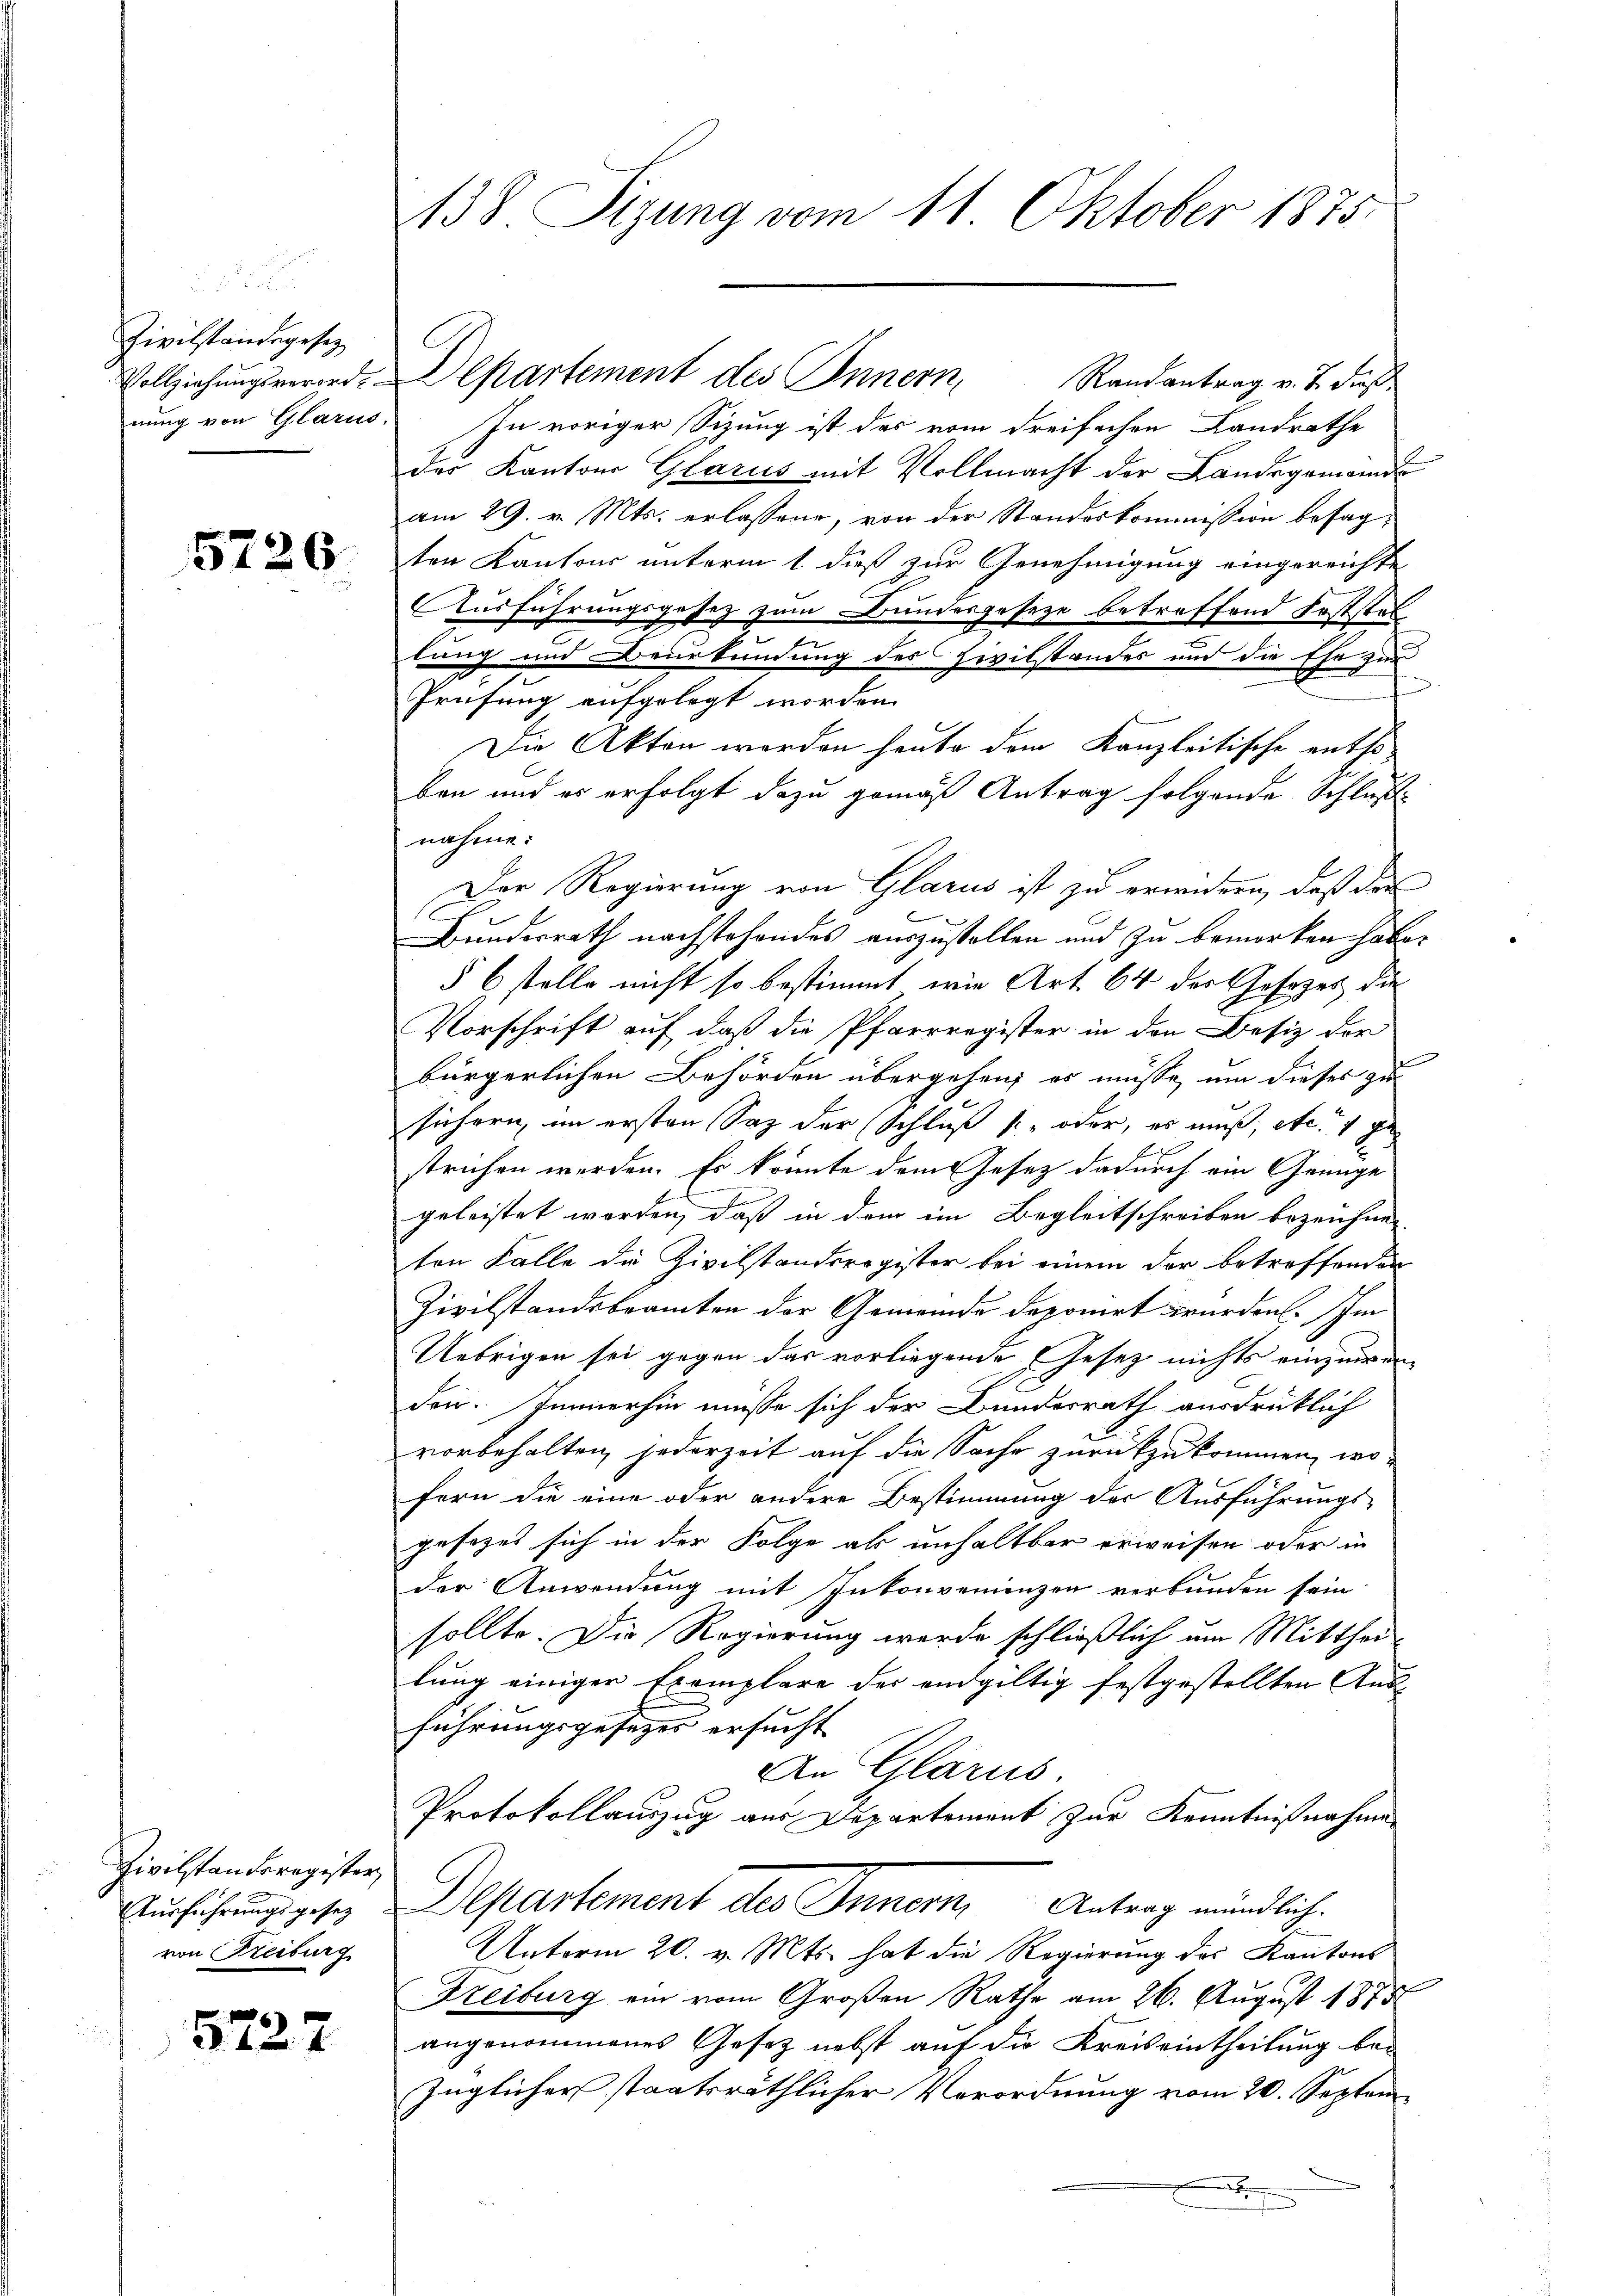
Zivilstandegesetz
Vollziehungsverorde
nung von Glarus.

57

572.

6

Zivilstanderegister
Ausführungsgesez
von Freiburg

138 Tigung vom 11. Oktober 1875.

In voriger Sitzung ist das vom dreifachen Landrathe
des Kantons Glarus mit Vollmacht der Landsgemeinde
am 29. v. Mts. erlassene, von der Standeskommission besagten Kantons unterm 1. dieß zur Genehmigung eingereichte
Ausführungsgesetz zum Bundesgesetze betreffend Erststel
e
tung und Beurkundung des Civilstandes und die Ehe zur
f
Prüfung aufgelegt worden.
Die Akten worden heute dem Kanzleitische ents-
bon und es erfolgt dazu gemäß Antrag folgende Schluß
nahme:
Der Regierung von Glarus ist zu erwidern, daß das
b
Bundesrath nachstehendes auszustellen und zu bemerken habe.
§ 6 stelle nicht so bestimmt, wie Art. 64 des Gesetzes die
Vorschrift auf daß die Pfarrregister in den Besiz der
bürgerlichen Behörden übergehen; es müsse, um dieses zu
sichern, im ersten Saz der (Schluß s- oder, es muß, etc. 1 ge
1
strichen werden. Es könnte dem Gesez dadurch ein Genüge
geleistet worden, daß in dem im Begleitschreiben bezeichnen
ten Falle die Zivilstandsregister bei einem der betreffenden
Zivilstandsbeamten der Gemeinde deponirt wurden. Im
Uebrigen sei gegen das vorliegende Gesetz nichts einzuwenden. Immerhin müsse sich der Bundesrath ausdrüklich
vorbehalten, jederzeit auf die Sache zurückzukommen, wo
fern die eine oder andere Bestimmung der Ausführungsgesetzes sich in der Folge als unhaltbar erweisen oder in
der Anwendung mit Inkonvenienzen verbunden sein
sollte. Die Regierung werde schließlich um Mitthei-
lung einiger Exemplare der endgültig festgestellten Ausführungsgesetzes ersucht
An Glarus.
Protokollauszug aus Departement zur Kenntnißnahme
Departement des Innern, Antrag mündliche
Unterm 20. v. Mts. hat die Regierung des Kantons
Freiburg ein vom Großen Rathe am 26. August 1875
angenommenes Gesetz nebst auf die Kreiseintheilung bei
züglicher staatsräthlicher Verordnung vom 20. Septem¬
.

Departement des Innern, Randantrag v. J. dieß¬